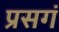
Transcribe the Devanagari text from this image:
प्रसगं